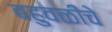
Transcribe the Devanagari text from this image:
बहुवळींचे